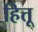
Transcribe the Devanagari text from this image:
हित्तू